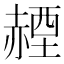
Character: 𧹬